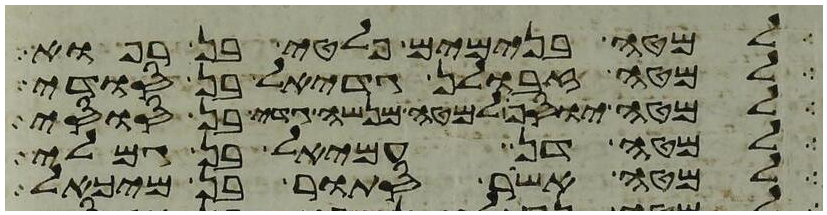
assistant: למטה בנימים פלטי בן רפוא
למטה זבולן גדיאל בן סודי
למטה יוסף למטה מנשה גדי בן סוסי
למטה דן עמיאל בן גמלי
למטה אשר סתור בן מיכאל